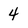
Character: 4